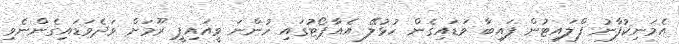
އެމަނިކުފާނު ފްލައިޓުން ފައިބާ ވަޑައިގެން ހުޅުލޭ އެއާޕޯޓުގައި ހުންނަ ވީއައިޕީ ރޫމަށް ވަދެވަޑައިގެންނެވި